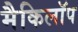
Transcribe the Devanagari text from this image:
मैकिलॉप